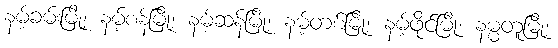
နမ့်ခမ်းမြို့၊ နမ့်စန်မြို့၊ နမ့်ဆန်မြို့၊ နမ့်တစ်မြို့၊ နမ့်ဖိုင်မြို့၊ နမ္မတူမြို့၊